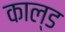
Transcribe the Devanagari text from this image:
काल्ड